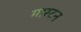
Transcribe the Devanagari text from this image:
मारटन